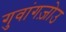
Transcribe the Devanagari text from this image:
गुवांगज़ोउ